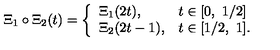
\Xi _ { 1 } \circ \Xi _ { 2 } ( t ) = \left\{ \begin{array} { l l } { \Xi _ { 1 } ( 2 t ) , } & { t \in [ 0 , \ 1 / 2 ] } \\ { \Xi _ { 2 } ( 2 t - 1 ) , } & { t \in [ 1 / 2 , \ 1 ] . } \\ \end{array} \right.